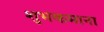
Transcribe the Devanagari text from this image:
शुभकमाना